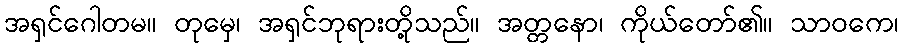
အရှင်ဂေါတမ။ တုမှေ၊ အရှင်ဘုရားတို့သည်။ အတ္တနော၊ ကိုယ်တော်၏။ သာဝကေ၊